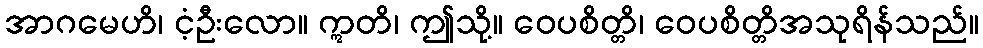
အာဂမေဟိ၊ ငံ့ဦးလော။ ဣတိ၊ ဤသို့။ ဝေပစိတ္တိ၊ ဝေပစိတ္တိအသုရိန်သည်။